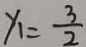
y _ { 1 } = \frac { 3 } { 2 }